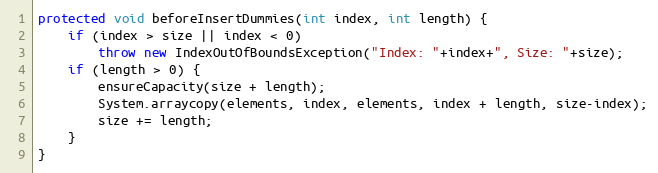
Language: Java
protected void beforeInsertDummies(int index, int length) {
	if (index > size || index < 0)
		throw new IndexOutOfBoundsException("Index: "+index+", Size: "+size);
	if (length > 0) {
		ensureCapacity(size + length);
	    System.arraycopy(elements, index, elements, index + length, size-index);
		size += length;
	}
}